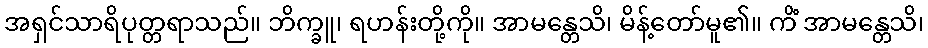
အရှင်သာရိပုတ္တရာသည်။ ဘိက္ခူ၊ ရဟန်းတို့ကို။ အာမန္တေသိ၊ မိန့်တော်မူ၏။ ကိံ အာမန္တေသိ၊